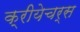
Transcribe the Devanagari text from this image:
क्रीयेचर्स